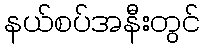
နယ်စပ်အနီးတွင်